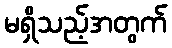
မရှိသည့်အတွက်